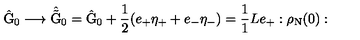
\hat { \mathrm { G } } _ { 0 } \longrightarrow \hat { \tilde { \mathrm { G } } } _ { 0 } = \hat { \mathrm { G } } _ { 0 } + \frac { 1 } { 2 } ( e _ { + } { \eta } _ { + } + e _ { - } { \eta } _ { - } ) = \frac { 1 } { 1 } { L } e _ { + } : \rho _ { \mathrm { N } } ( 0 ) :